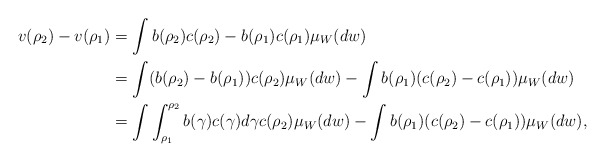
\begin{align*}v(\rho_2)-v(\rho_1) & = \int b(\rho_2) c(\rho_2) - b(\rho_1) c(\rho_1) \mu_W(dw)\\& = \int (b(\rho_2)- b(\rho_1)) c(\rho_2) \mu_W(dw) - \int b(\rho_1) (c(\rho_2)-c(\rho_1)) \mu_W(dw)\\& = \int \int_{\rho_1}^{\rho_2} b(\gamma) c(\gamma) d\gamma c(\rho_2) \mu_W(dw)- \int b(\rho_1) (c(\rho_2)-c(\rho_1)) \mu_W(dw),\end{align*}